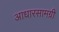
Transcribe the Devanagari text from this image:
आधारसामग्री